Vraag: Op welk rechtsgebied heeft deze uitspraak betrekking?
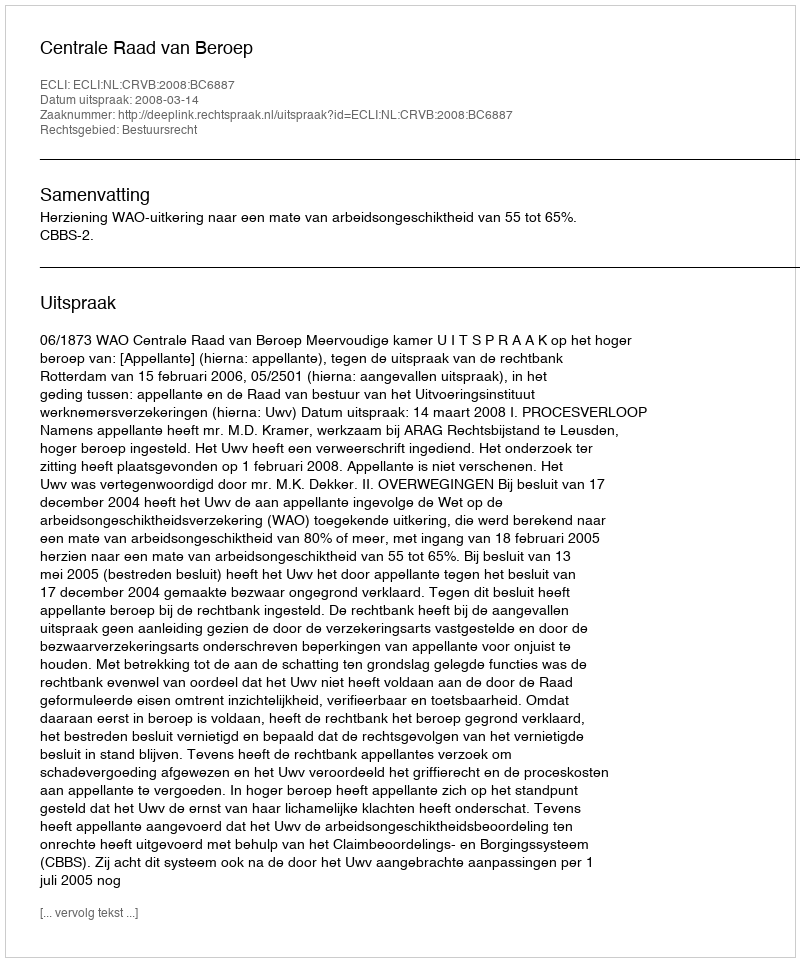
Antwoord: Bestuursrecht